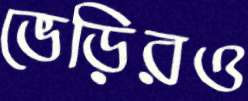
ভেড়িরও